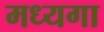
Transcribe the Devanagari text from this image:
मध्यगा